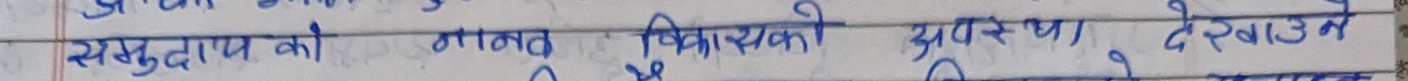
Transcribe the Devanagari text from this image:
समुदाय को मानव विकासको अवस्था देखाउन